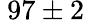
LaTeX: ~97\pm 2